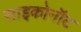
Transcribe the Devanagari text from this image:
साइकोनॉट